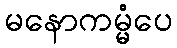
မနောကမ္မံပေ